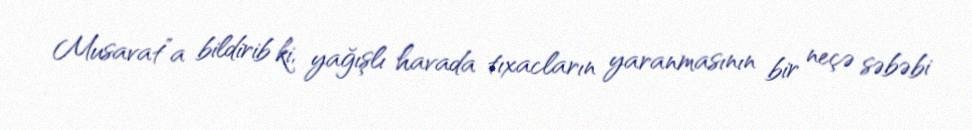
Musavat”a bildirib ki, yağışlı havada tıxacların yaranmasının bir neçə səbəbi